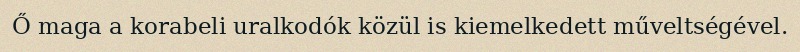
Ő maga a korabeli uralkodók közül is kiemelkedett műveltségével.